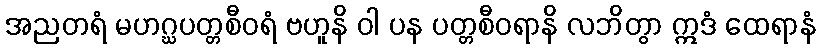
အညတရံ မဟဂ္ဃပတ္တစီဝရံ ဗဟူနိ ဝါ ပန ပတ္တစီဝရာနိ လဘိတွာ ဣဒံ ထေရာနံ